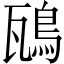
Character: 𩿺